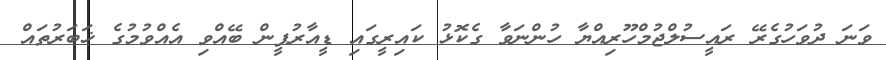
ވަނަ ދުވަހުގެރޭ ރައީސުލްޖުމްހޫރިއްޔާ ހުންނަވާ ގެކޮޅު ކައިރީގައި ޑީއާރުޕީން ބޭއްވި އެއްވުމުގެ ޚަބަރުތައް